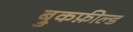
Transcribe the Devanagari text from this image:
ब्रुकफ़ील्ड